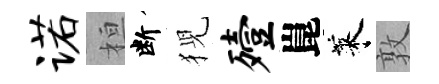
诺桓断猊殪崑萊敦